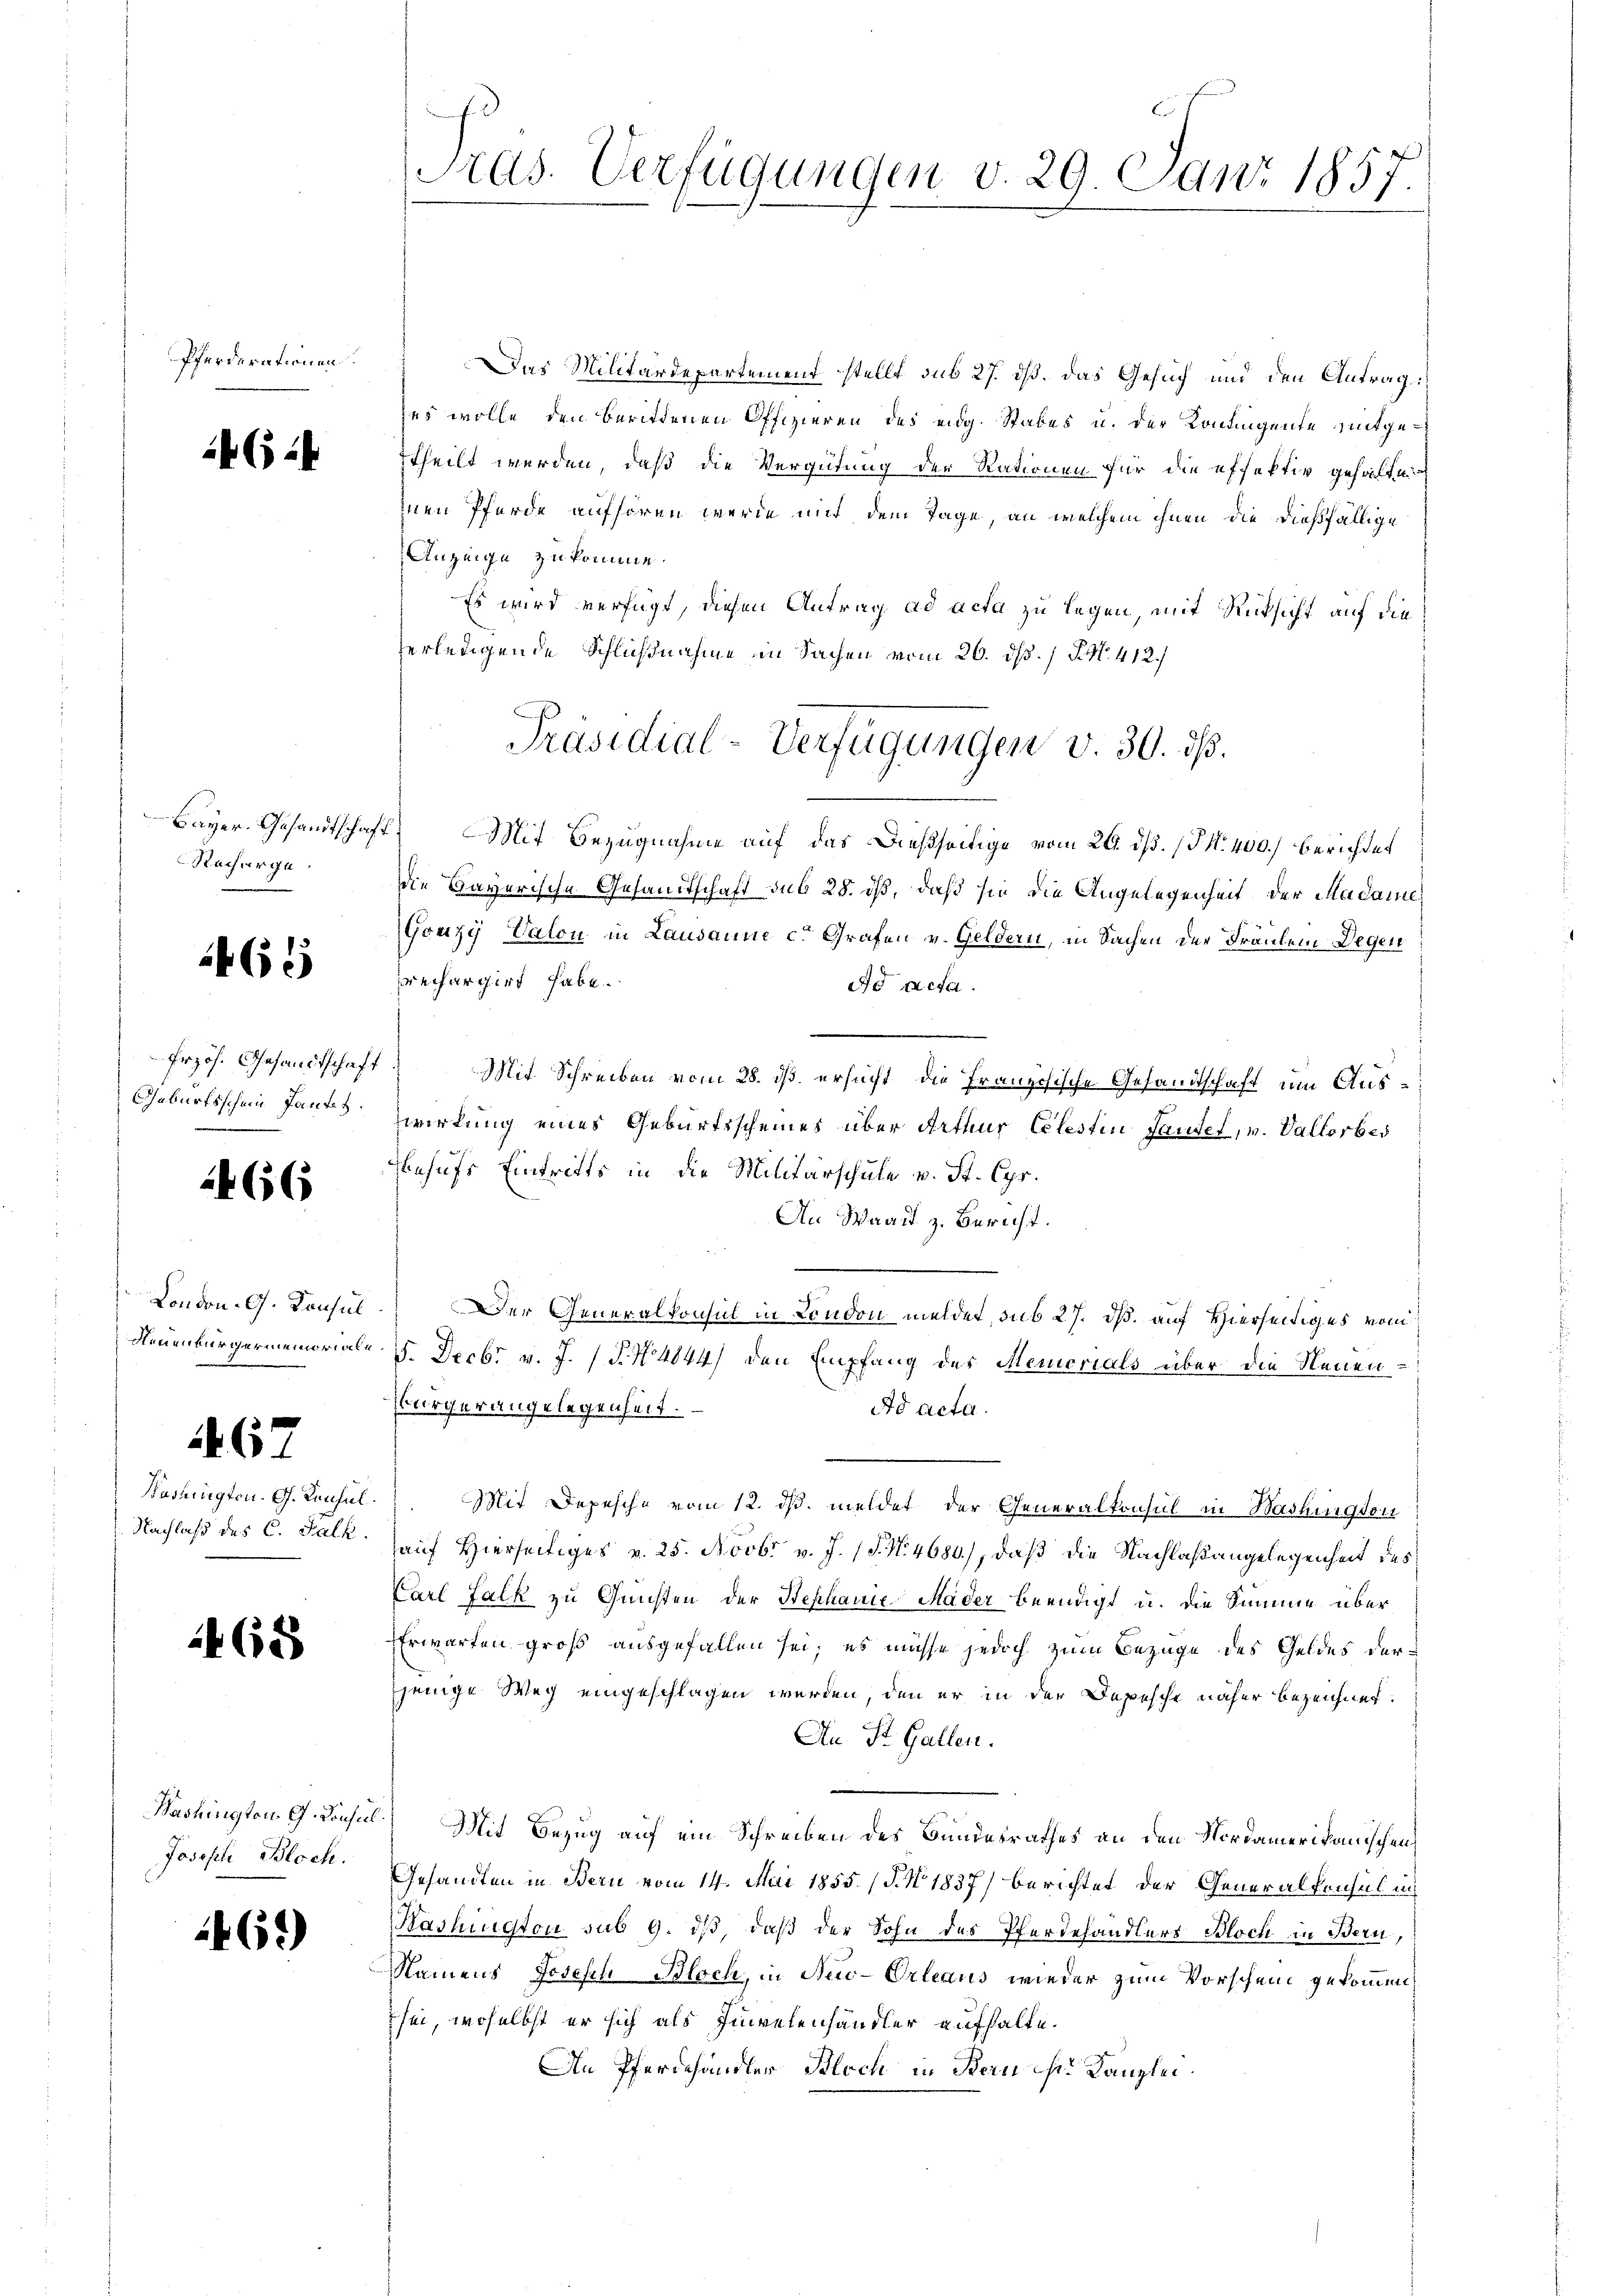
Pferderationen.

G:

Recharge.

462

Erzös. Gesandtschaf
Geburtsschein Panten.

466

London. G. Konsul
Neuenburgermemorial¬

467

Bareinigten. G. Konsul
Nachlaß des C. Falk.

1468

Bashington G. Consul
Joseph Bloch.

461)

Pras. Verfügungen v. 29. Juni 1857

Das Militärdepartement stellt sub 27. dß. Das Gesuch und den Antrag
zes wolle den berittenen Offizieren des eidg. Stabes u. der Kontigente mitgetheilt werden, daß die Vergütung der Rationen für die effektiv gehalte
inen Pferde aufhören werde mit dem Tage, an welchem ihnen die dießfällige
Anzeige zukomme.
Es wird verfügt, diesen Antrag ad acta zu legen, mit Rücksicht auf die
erledigende Schlußnahme in Sachen vom 26. ds. / P. Nr. 412.)
Bayer Gesandtschaft. Mit Bezugnahme auf das dießseitige vom 26. dß. (§ N. 400.) berichtet
die Bayerische Gesandtschaft sub 28. dß, daß sie die Angelegenheit der Madame
Gonzy Valen in Lausanne c. Grafen v. Geldern, in Sachen der Fräulen Degen
prechargirt habe.
dd acta.
 Mit Schreiben vom 28. ds. ersucht, die Französische Gesandtschaft um Auswirkung eines Geburtsscheines über Arthur Celestin Sautet, v. Vallorber
behufs Eintritts in die Militärschule v. St. Cpr.
An Waadt z. Bericht.
.
Der Generalkonsul in London meldet, sub 27. ds. auf Hierseitiges vom
5. Decbr v. J. / P. N. 4844) den Empfang des Memorials über die Neuen¬
Bürger angelegenheit.
Ad acta.
Mit Depesche vom 12. ds. meldet der Generalkonsul in Washingsor
auf Hierseitiges v. 25. Novbr. v. J. (T. N. 4680), daß die Nachlaßangelegenheit des
Carl Falk zu Gunsten der Stephanie-Mäder beendigt u. die Summe über
Erwarten groß ausgefallen sei, es müsse jedoch zum Bezüge des Geldes derjenige Weg eingeschlagen werden, den er in der Depesche näher Bezeichnet.
An St. Gallen.

) Mit Bezug auf ein Schreiben des Bundesrathes an den Nordamerikanischen
Gesandten in Bern vom 14. Mai 1855. (T. No 1837) berichtet der Generalkonsul in
Kashington sub 9. iß, daß der Sohn des Pferdehandlers Bloch in Bern,
Namens Josesch Bloch, in New-Orleaus wieder zum Vorschein gekommen
sei, woselbst er sich als Einvelenhändler aufhalte.
An Pferdehändler Bloch in Bern ist. Kanzlei.

Präsidial-Verfügungen v. 30. dß.